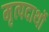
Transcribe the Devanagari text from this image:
मृत्पदार्थो